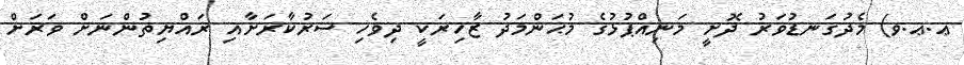
ޢ.ޢ.ވ) މެދުގަނޑުވަރު ދޮށީ މަނިއްޕުޅުގެ މުޙަންމަދު ޒާހިރަކީ ދިވެހި ސަރުކާރަށާއި ރައްޔިތުންނަށް ވަރަށް